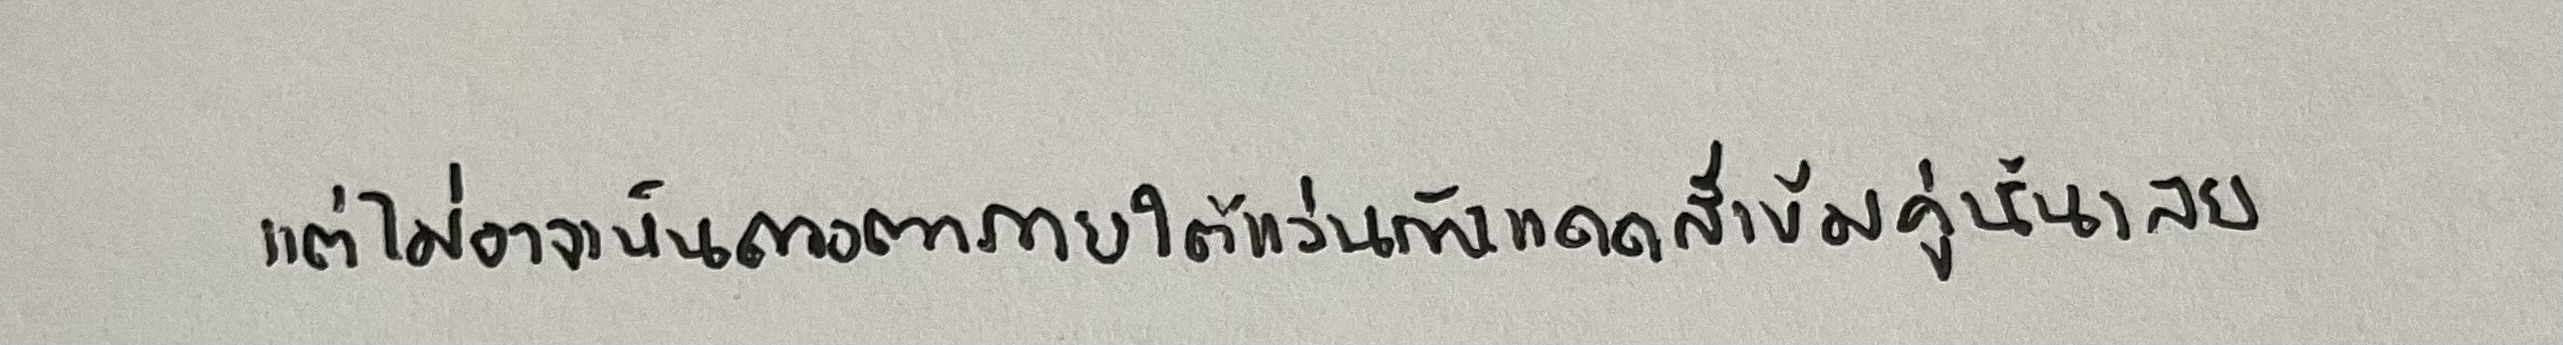
แต่ไม่อาจเห็นดวงตาภายใต้แว่นกันแดดสีเข้มคู่นั้นเลย